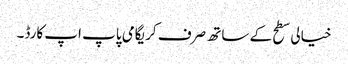
خیالی سطح کے ساتھ صرف کریگامی پاپ اپ کارڈ۔